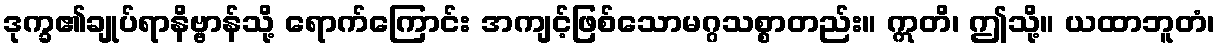
ဒုက္ခ၏ချုပ်ရာနိဗ္ဗာန်သို့ ရောက်ကြောင်း အကျင့်ဖြစ်သောမဂ္ဂသစ္စာတည်း။ ဣတိ၊ ဤသို့။ ယထာဘူတံ၊